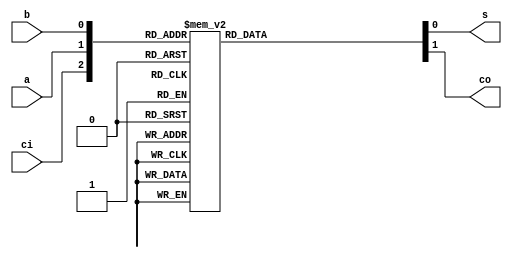
module fa_case(		s,
			co,
			a,
			b,
			ci	);

output	s;	//sum
output	co;	//carry out

input	a;	//input a
input	b;	//input b
input	ci;	//carry in

reg	s;
reg	co;

always @(ci, a, b) begin
	case(	{ci, a, b}	)
		3'b000 : {co, s} = 2'b00;
		3'b001 : {co, s} = 2'b01;
		3'b010 : {co, s} = 2'b01;
		3'b011 : {co, s} = 2'b10;
		3'b100 : {co, s} = 2'b01;
		3'b101 : {co, s} = 2'b10;
		3'b110 : {co, s} = 2'b10;
		3'b111 : {co, s} = 2'b11;
	endcase
end
endmodule